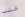
عنب